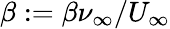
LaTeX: \beta:=\beta\nu_{\infty}/U_{\infty}